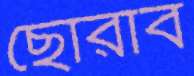
ছোরাব